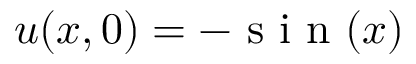
u ( x , 0 ) = - \mathrm { ~ s ~ i ~ n ~ } ( x )